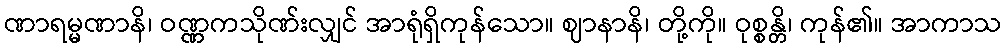
ဏာရမ္မဏာနိ၊ ဝဏ္ဏကသိုဏ်းလျှင် အာရုံရှိကုန်သော။ ဈာနာနိ၊ တို့ကို။ ဝုစ္စန္တိ၊ ကုန်၏။ အာကာသ